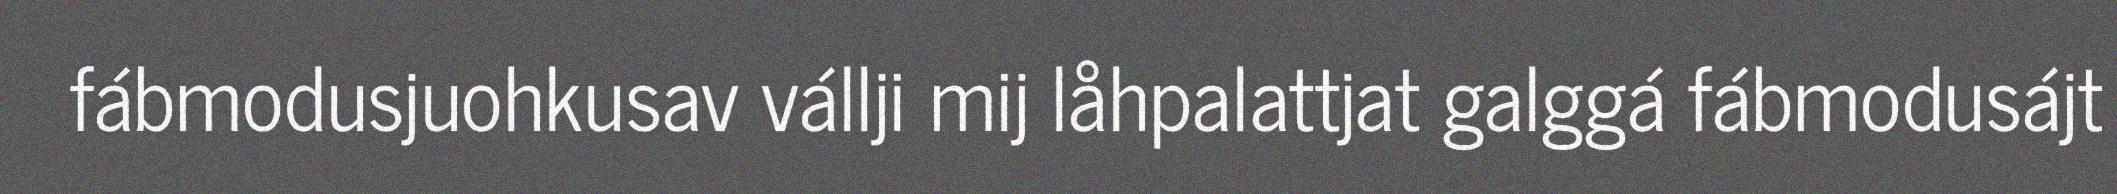
fábmodusjuohkusav vállji mij låhpalattjat galggá fábmodusájt